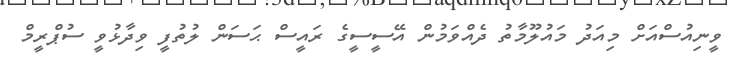
ވީނިއުސްއަށް މިއަދު މައުލޫމާތު ދެއްވަމުން އޭސީސީގެ ރައީސް ޙަސަން ލުތުފީ ވިދާޅުވީ ސުޕްރީމް